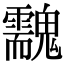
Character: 䰰